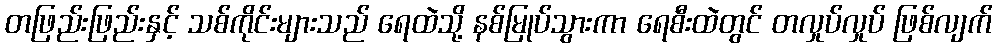
တဖြည်းဖြည်းနှင့် သစ်ကိုင်းများသည် ရေထဲသို့ နစ်မြုပ်သွားကာ ရေစီးထဲတွင် တလှုပ်လှုပ် ဖြစ်လျက်